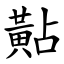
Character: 黇